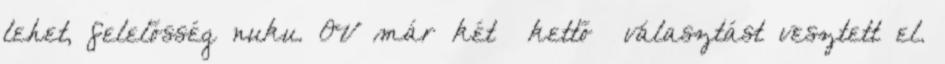
lehet, felelősség nuku. OV már két kettő választást vesztett el.